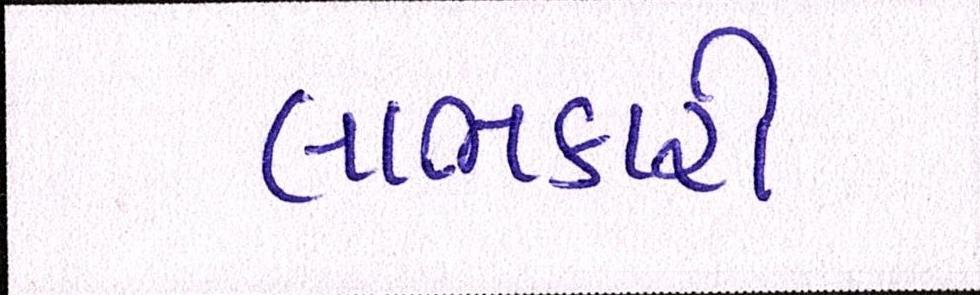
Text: લાભકારી